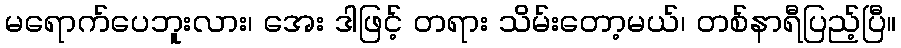
မရောက်ပေဘူးလား၊ အေး ဒါဖြင့် တရား သိမ်းတော့မယ်၊ တစ်နာရီပြည့်ပြီ။